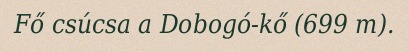
Fő csúcsa a Dobogó-kő (699 m).